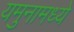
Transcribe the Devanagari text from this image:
यमुनामध्ये